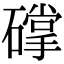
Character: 礃